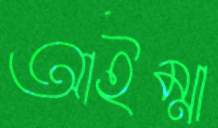
আইম্মা